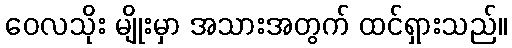
ဝေလသိုး မျိုးမှာ အသားအတွက် ထင်ရှားသည်။